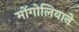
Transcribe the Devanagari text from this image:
मोंगोलियाने